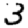
Digit: 3